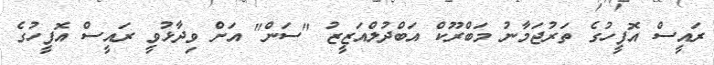
ރައީސް އޮފީހުގެ ތަރުޖަމާނު މަބްރޫކް އަބްދުލްއަޒީޒު "ސަން" އަށް ވިދާޅުވީ ރައީސް އޮފީހުގެ